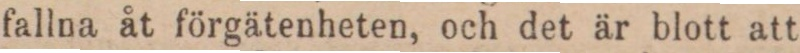
fallna åt förgätenheten, och det är blott att